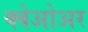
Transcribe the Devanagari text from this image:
क्वेओअर